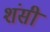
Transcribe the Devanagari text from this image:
शंसी